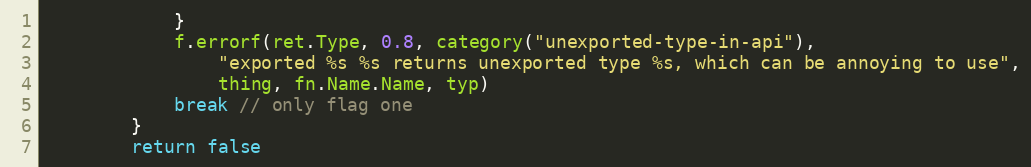
Language: Go
			}
			f.errorf(ret.Type, 0.8, category("unexported-type-in-api"),
				"exported %s %s returns unexported type %s, which can be annoying to use",
				thing, fn.Name.Name, typ)
			break // only flag one
		}
		return false